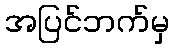
အပြင်ဘက်မှ